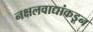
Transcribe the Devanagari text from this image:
नक्षलवाद्यांकडून